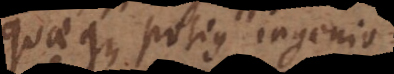
quaeque potius ingenio